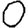
Digit: 0